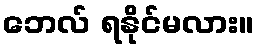
ဘေလ် ရနိုင်မလား။